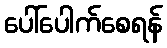
ပေါ်ပေါက်စေရန်